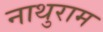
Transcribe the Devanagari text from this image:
नाथुराम